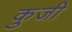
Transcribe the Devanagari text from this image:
कुजी